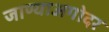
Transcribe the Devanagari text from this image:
जाण्याअगोदर